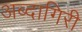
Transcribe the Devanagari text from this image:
अब्दागिरी